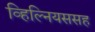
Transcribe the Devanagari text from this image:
व्हिल्नियससह